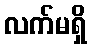
လက်မရှိ